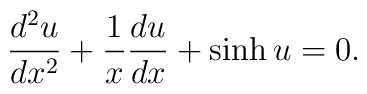
\frac{d^2 u}{dx^2} + \frac{1}{x} \frac{du}{dx}     + \sinh u = 0.